画像に写った文字を読んでください
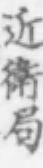
「近衛局」と書いてあります